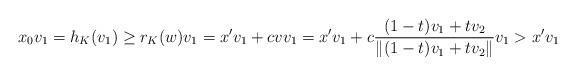
LaTeX: \begin{align*}{x_0v_1} =h_K(v_1)\geq r_K(w)v_1=x'v_1+cvv_1=x'v_1+c \frac {(1-t)v_1+tv_2} {\lVert (1-t)v_1+tv_2\rVert }v_1>x'v_1\end{align*}